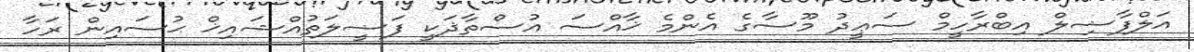
އަލްފާޟިލް އިބްރާހީމް ސަޢީދު މޫސާގެ އެންމެ ޚާއްސަ އުސްތާޛަކީ ފަޟީލަތުއްޝައިޚް ޙުސައިން ރަހާ